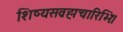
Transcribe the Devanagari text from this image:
शिष्यसव्रह्मचारिभिः।